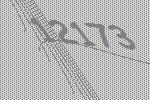
12173